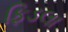
ફિડલા